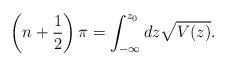
LaTeX: \begin{align*}\left(n+\frac{1}{2}\right)\pi = \int_{-\infty}^{z_0}dz\sqrt{V(z)}.\end{align*}